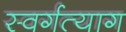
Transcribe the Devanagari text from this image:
स्वर्गत्याग